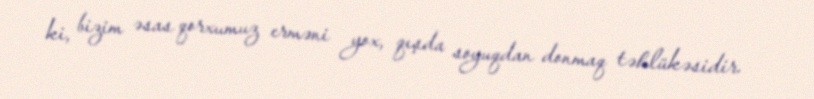
ki, bizim əsas qorxumuz erməni yox, qışda soyuqdan donmaq təhlükəsidir.